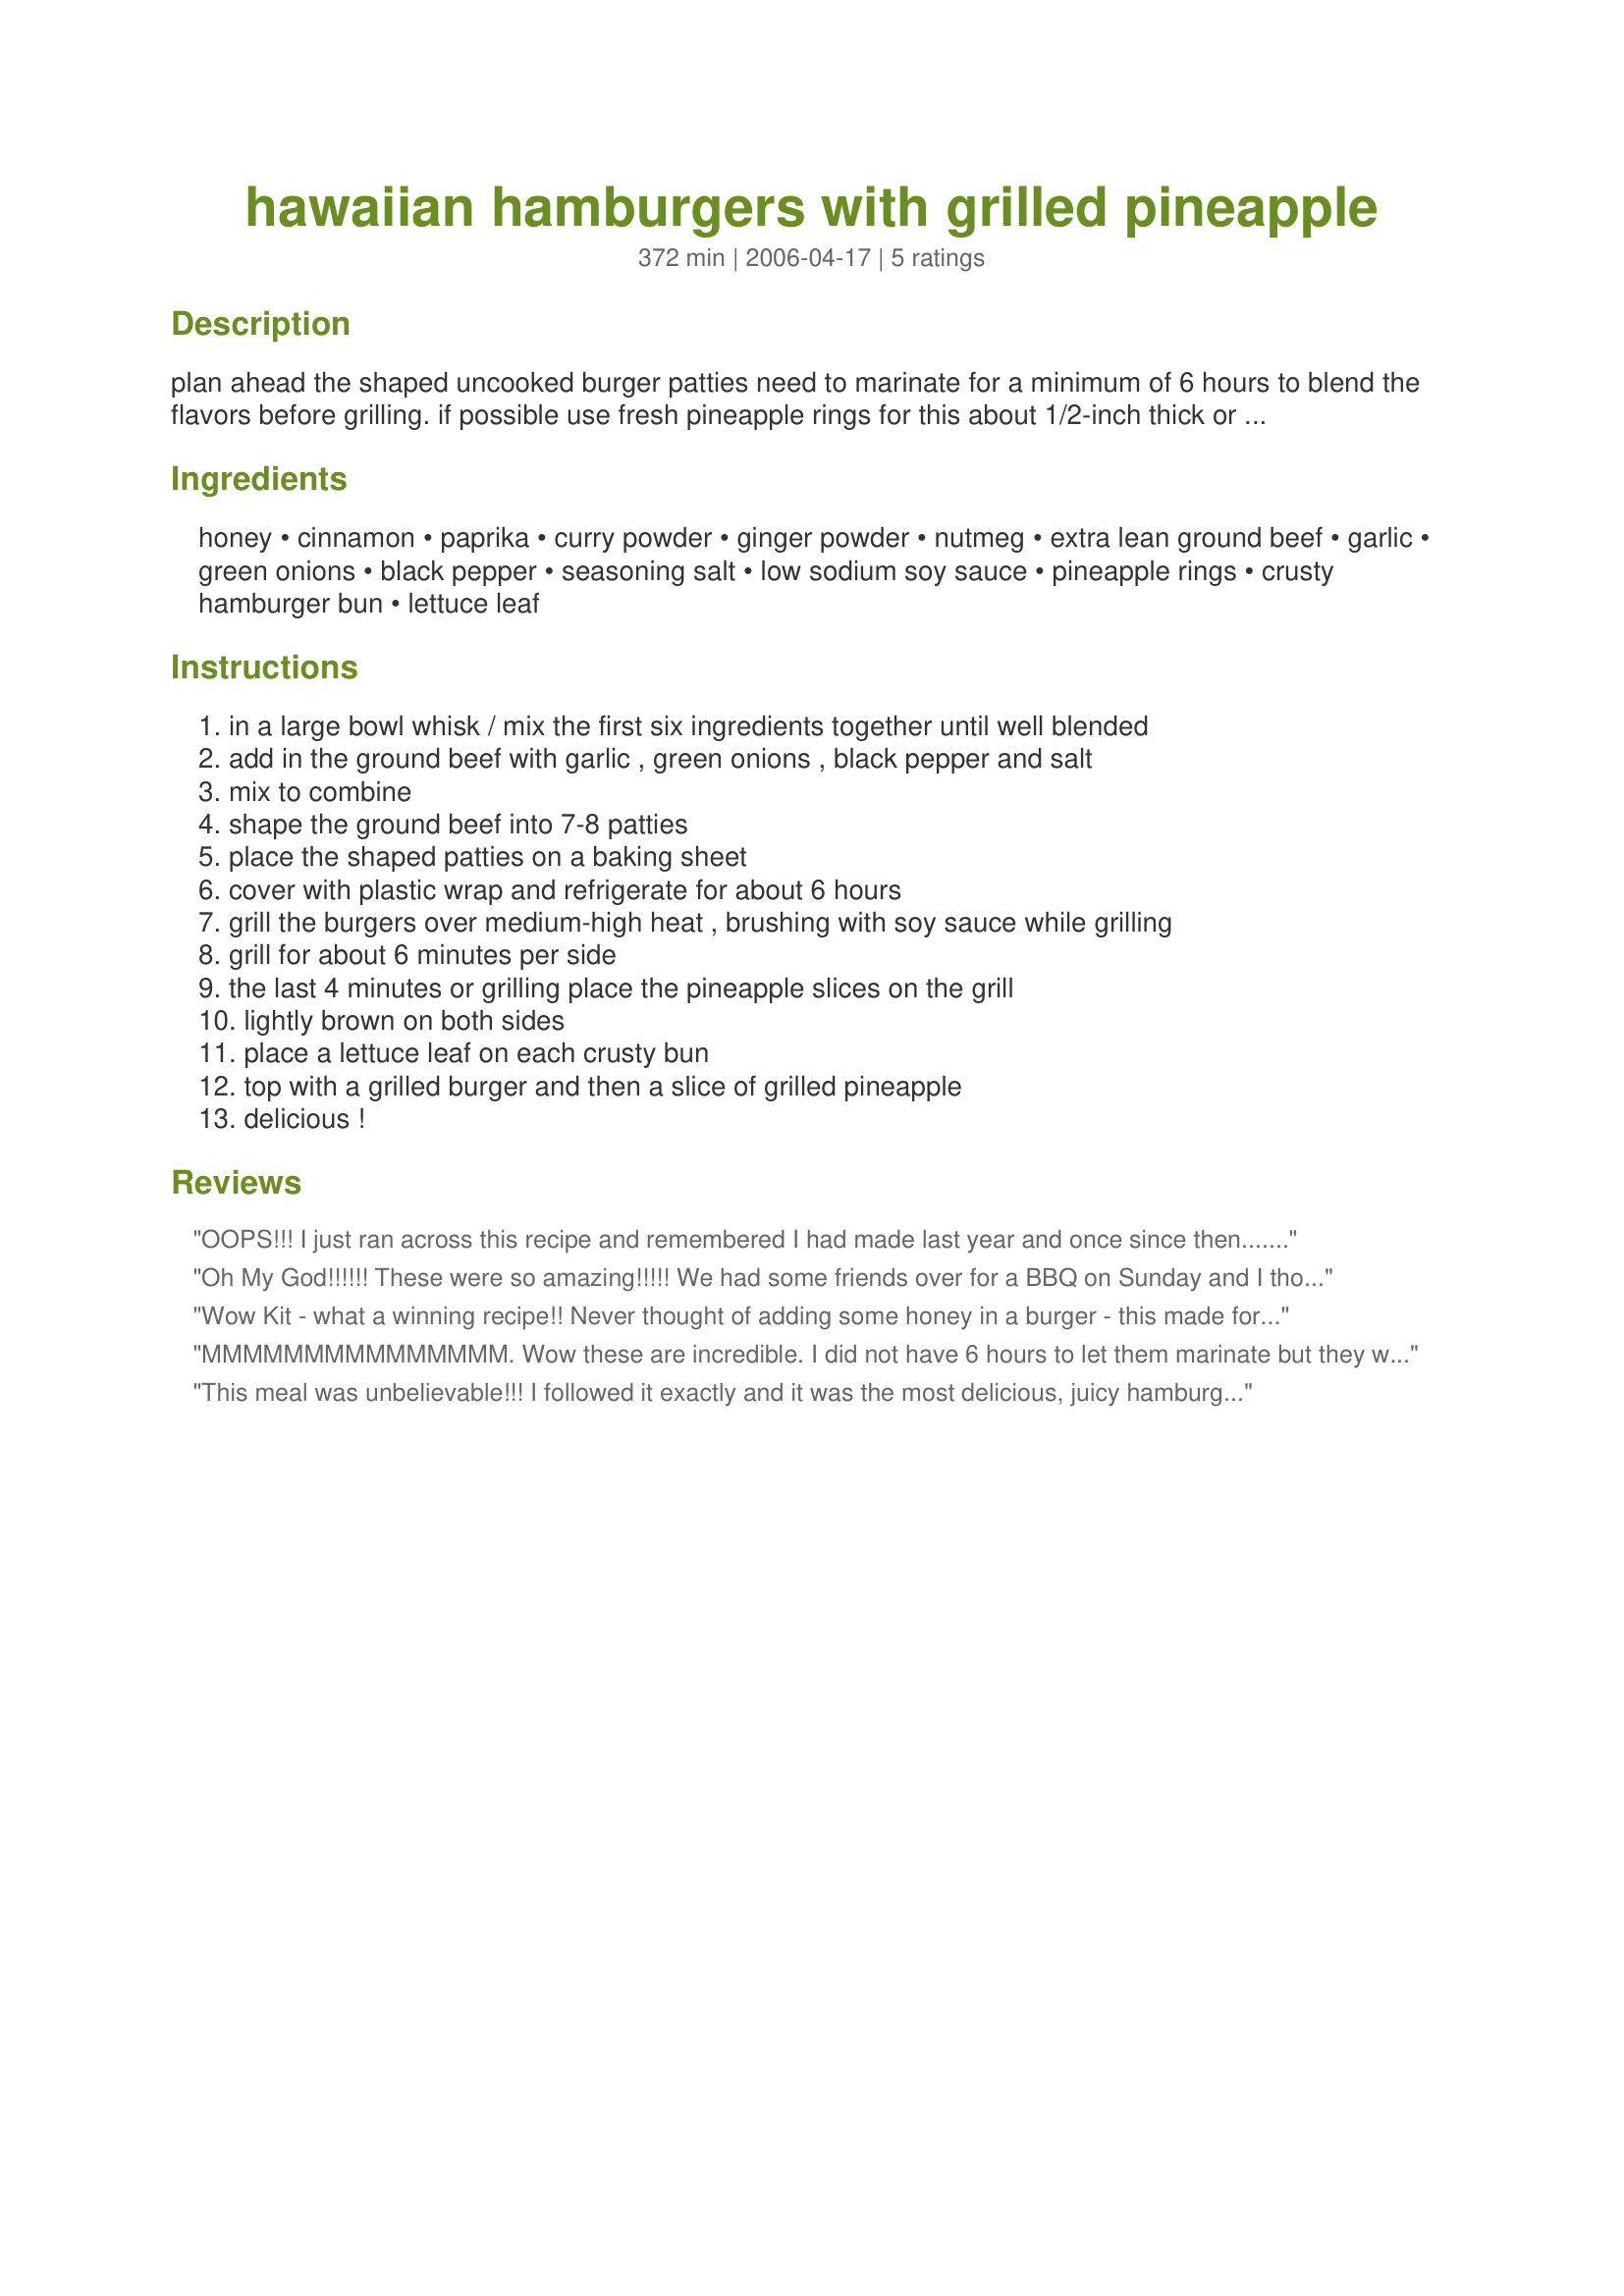
hawaiian hamburgers with grilled pineapple
Preparation time: 372 minutes

plan ahead the shaped uncooked burger patties need to marinate for a minimum of 6 hours to blend the flavors before grilling. if possible use fresh pineapple rings for this about 1/2-inch thick or a little larger. if you prefer a little kick then add in a small amount of cayenne pepper --- you can also use half ground pork and beef --- you will love these burgers!

Ingredients:
honey, cinnamon, paprika, curry powder, ginger powder, nutmeg, extra lean ground beef, garlic, green onions, black pepper, seasoning salt, low sodium soy sauce, pineapple rings, crusty hamburger bun, lettuce leaf

Steps:
in a large bowl whisk / mix the first six ingredients together until well blended
add in the ground beef with garlic , green onions , black pepper and salt
mix to combine
shape the ground beef into 7-8 patties
place the shaped patties on a baking sheet
cover with plastic wrap and refrigerate for about 6 hours
grill the burgers over medium-high heat , brushing with soy sauce while grilling
grill for about 6 minutes per side
the last 4 minutes or grilling place the pineapple slices on the grill
lightly brown on both sides
place a lettuce leaf on each crusty bun
top with a grilled burger and then a slice of grilled pineapple
delicious !

Reviews:
OOPS!!! I just ran across this recipe and remembered I had made last year and once since then..... This was sooooo delish!!! I love adding spice to the pineapply...nummy! My family and company adored it! You make me look like a good cook Kitten.... thank you!!
Oh My God!!!!!! These were so amazing!!!!! We had some friends over for a BBQ on Sunday and I thought I'd try these. I wasn't sure how they would taste so I also made my own home-made burgers. There was 6 of us and I made 8 of each. By the time we were done eating all the Hawaiian burgers were gonna and I still had 7 of mine left. (sort of made me jealous) Thanks Kittencal!!! Your recipes never let me down.
Deb
Wow Kit - what a winning recipe!! Never thought of adding some honey in a burger - this made for a nice sweet burger with a little kick!! And the added slice of grilled pineapple... mmmmm - heaven!! Halved the recipe as we were only 3 people but grilled some more pineapple as it was so tasty! Thanks Kit!
MMMMMMMMMMMMMMM. Wow these are incredible. I did not have 6 hours to let them marinate but they were still great. I cant wait to try it again and let the meat marinate for the full time. <br/><br/>We added a drizzle of teriaki sauce to the burgers and toasted the buns on the grill.
This meal was unbelievable!!! I followed it exactly and it was the most delicious, juicy hamburger I ever tasted. My husband can't get enough of it. It was also a great meal to make when making up with your honey. I got alot of bonus points with this meal. It also very easy to make.
